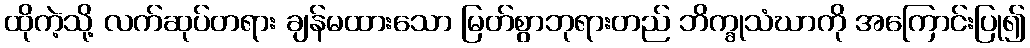
ထိုကဲ့သို့ လက်ဆုပ်တရား ချန်မထားသော မြတ်စွာဘုရားတည် ဘိက္ခုသံဃာကို အကြောင်းပြု၍